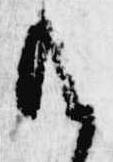
給